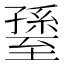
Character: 𦥊